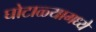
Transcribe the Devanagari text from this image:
घोटाळ्यामध्ये